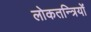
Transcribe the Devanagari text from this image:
लोकतन्त्रियों